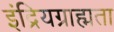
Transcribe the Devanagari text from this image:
इंद्रियग्राह्मता